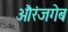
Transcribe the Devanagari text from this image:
औरंजगेब